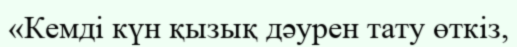
«Кемді күн қызық дәурен тату өткіз,